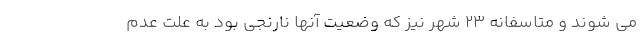
می شوند و متاسفانه ۲۳ شهر نیز که وضعیت آنها نارنجی بود به علت عدم